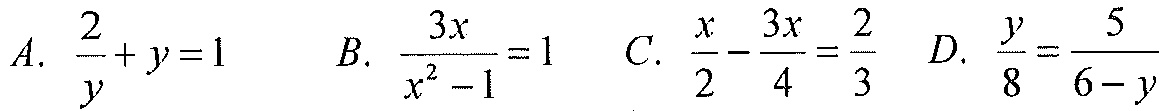
A. $\dfrac{2}{y}+y = 1$  B. $\dfrac{3x}{x^{2}-1}=1$  C. $\dfrac{x}{2}-\dfrac{3x}{4}=\dfrac{2}{3}$  D. $\dfrac{y}{8}=\dfrac{5}{6 - y}$